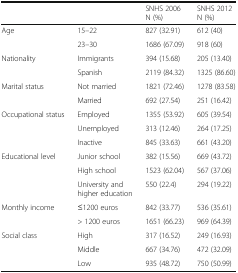
| <COLSPAN=2>  | SNHS 2006 N (%) | SNHS 2012 N (%) |
 | --- | --- | --- | --- |
 | <ROWSPAN=2> Age | 15–22 | 827 (32.91) | 612 (40) |
 | 23–30 | 1686 (67.09) | 918 (60) |
 | Nationality | Immigrants | 394 (15.68) | 205 (13.40) |
 |  | Spanish | 2119 (84.32) | 1325 (86.60) |
 | Marital status | Not married | 1821 (72.46) | 1278 (83.58) |
 |  | Married | 692 (27.54) | 251 (16.42) |
 | Occupational status | Employed | 1355 (53.92) | 605 (39.54) |
 |  | Unemployed | 313 (12.46) | 264 (17.25) |
 |  | Inactive | 845 (33.63) | 661 (43.20) |
 | <ROWSPAN=3> Educational level | Junior school | 382 (15.56) | 669 (43.72) |
 | High school | 1523 (62.04) | 567 (37.06) |
 | University and higher education | 550 (22.4) | 294 (19.22) |
 | <ROWSPAN=2> Monthly income | ≤1200 euros | 842 (33.77) | 536 (35.61) |
 | > 1200 euros | 1651 (66.23) | 969 (64.39) |
 | <ROWSPAN=3> Social class | High | 317 (16.52) | 249 (16.93) |
 | Middle | 667 (34.76) | 472 (32.09) |
 | Low | 935 (48.72) | 750 (50.99) |